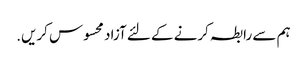
ہم سے رابطہ کرنے کے لئے آزاد محسوس کریں.